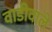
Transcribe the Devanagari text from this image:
वाडीवाले